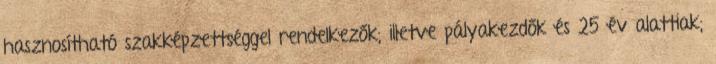
hasznosítható szakképzettséggel rendelkezők; illetve pályakezdők és 25 év alattiak;